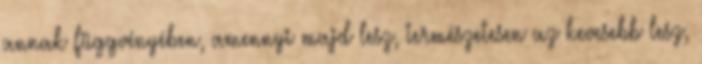
annak függvényében, amennyi majd lesz, természetesen az kevesebb lesz,